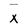
Character: X